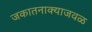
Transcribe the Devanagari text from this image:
जकातनाक्याजवळ